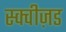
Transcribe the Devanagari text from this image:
स्क्वीज़ड